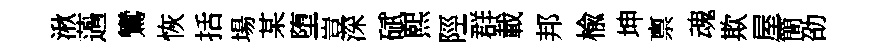
湫薖鸞恢括場某堕豈深碔熙陘群載邦楡坤禀魂欺屋簡劭